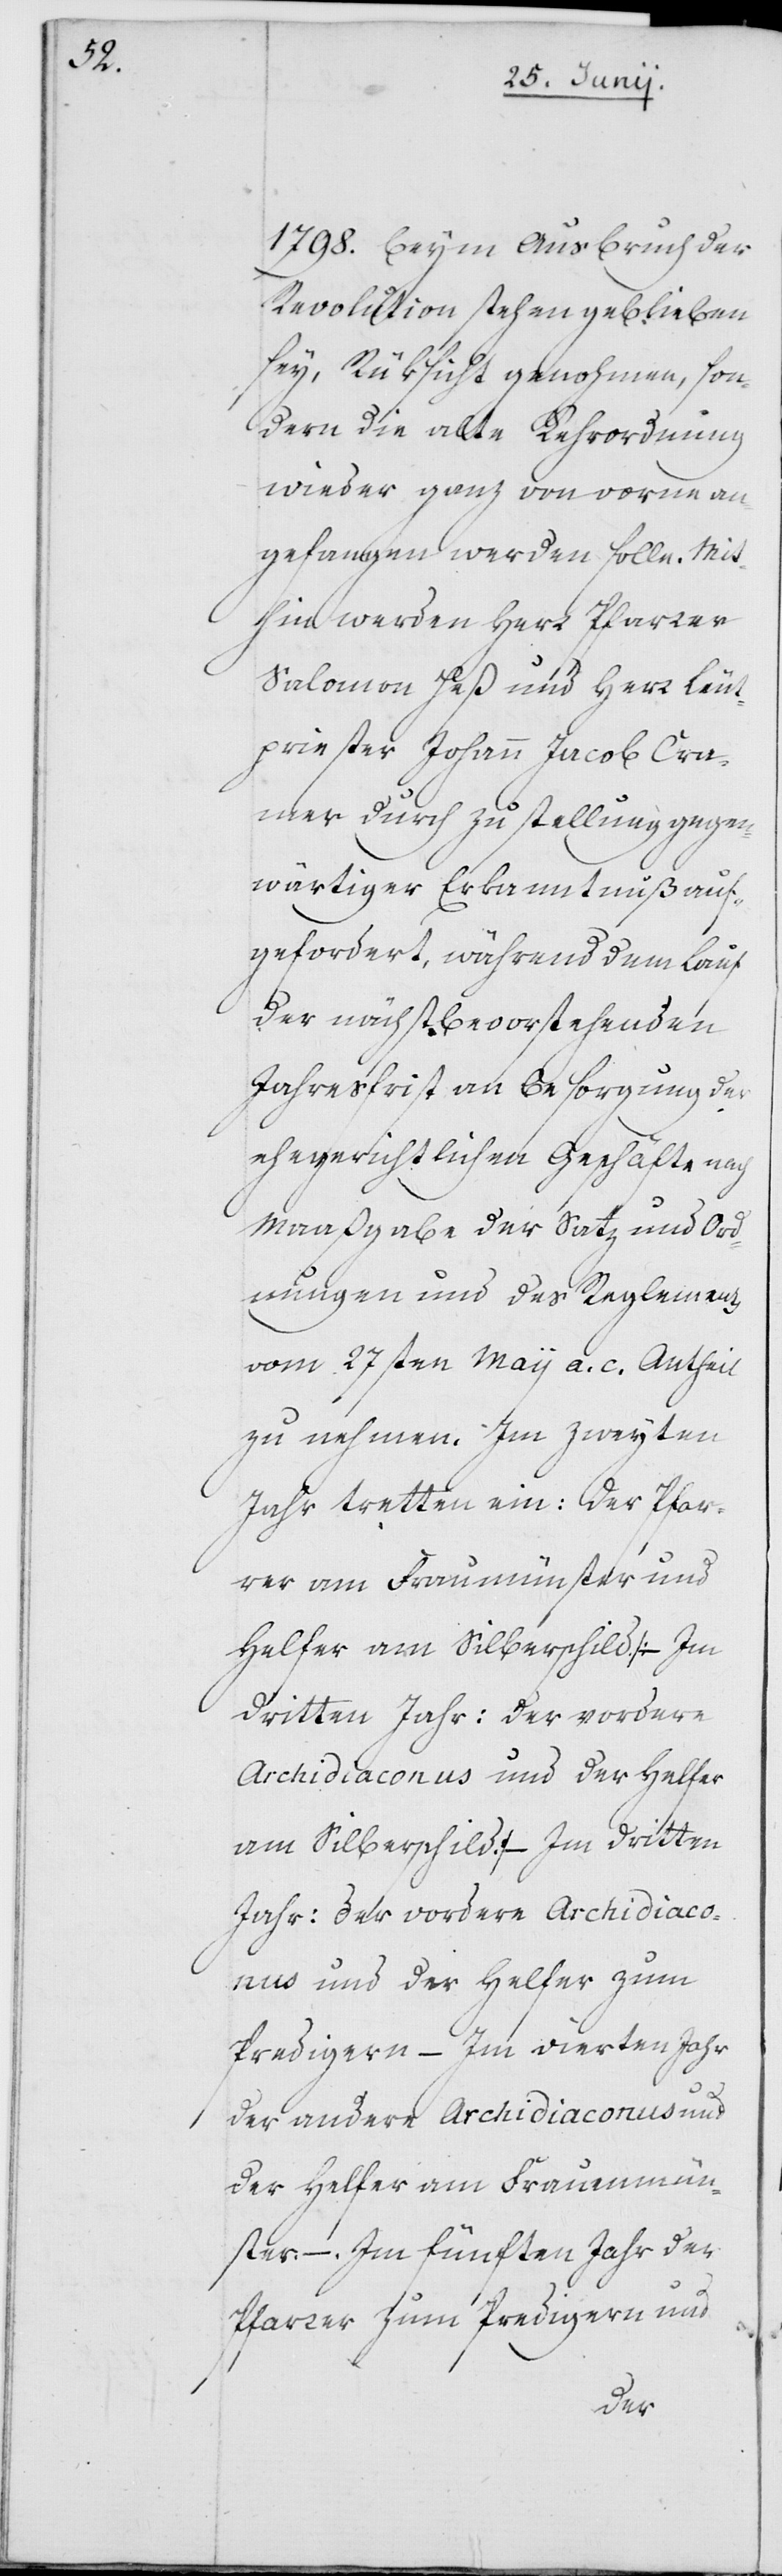
1798. beym Ausbruch der
Revolution stehen geblieben
sey, Rüksicht genohmen, son¬
dern die alte Kehrordnung
wieder ganz von vorne an¬
gefangen werden solle. Mi¬
thin werden Herr Pfarrer
Salomon Heß und Herr Leut¬
priester Johann Jacob Cra¬
mer durch Zustellung gegen¬
wärtiger Erkanntnuß auf¬
gefordert, während dem Lauf
der nächst bevorstehenden
Jahresfrist an Besorgung der
ehegerichtlichen Geschäfte nach
Maaßgabe der Satz und Ord¬
nungen und des Reglements
vom 27sten Maij a. c. Antheil
zu nehmen. Im zweyten
Jahr tretten ein: der Pfar¬
rer am Fraumünster und
Helfer am Silberschild. [– Im
dritten Jahr: der vordere
Archidiaconus und der Helfer
am Silberschild] – Im dritten
Jahr: der vordere Archidiaco¬
nus und der Helfer zum
Predigern – Im vierten Jahr
der andere Archidiaconus und
der Helfer am Fraumün¬
ster. – Im fünften Jahr der
Pfarrer zum Predigern und